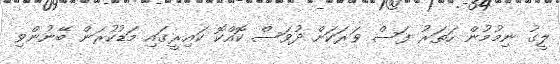
ލީގު ނިމުމުން ހަތަރު ފަސް ވަރަކަށް ދުވަސް ކޮއްކޮ ކައިރީގައި މަޑުކުރަން ބޭނުންވި